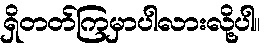
ရှိတတ်ကြမှာပါလားလို့ပါ။